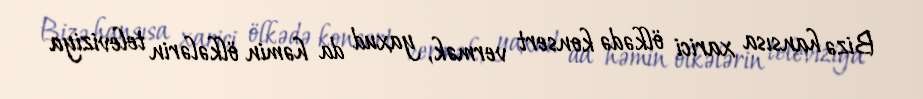
Bizə hansısa xarici ölkədə konsert vermək, yaxud da həmin ölkələrin televiziya